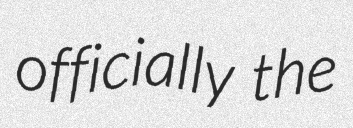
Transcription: officially the